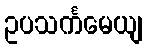
ဥပသင်္ကမေယျ